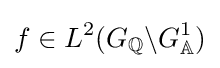
f\in L^{2}(G_{\mathbb {Q} }\backslash G_{\mathbb {A} }^{1})